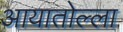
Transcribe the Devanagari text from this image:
आयातोल्ला